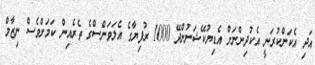
އަދި އެކަންކުރަނީ އެކުދިންނަށް އެޑިޔުކޭޝަނުންދޭ 1000 ރުފިޔާގެ އެލަވަންސްގެ ތެރެއިން ކަމަށްވެސް ނިޒާމް